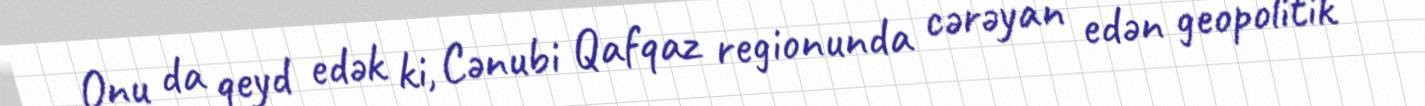
Onu da qeyd edək ki, Cənubi Qafqaz regionunda cərəyan edən geopolitik